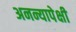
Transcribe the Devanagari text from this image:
अनन्यापेक्षी